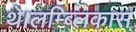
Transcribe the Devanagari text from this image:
थे।लम्ब्लिकास